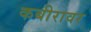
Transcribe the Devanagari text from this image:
कबीरावर